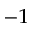
_ { - 1 }